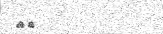
٩٢